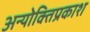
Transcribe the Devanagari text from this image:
अन्योक्तिप्रकाश